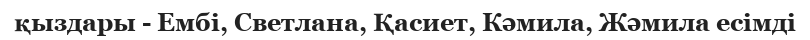
қыздары - Ембі, Светлана, Қасиет, Кәмила, Жәмила есімді